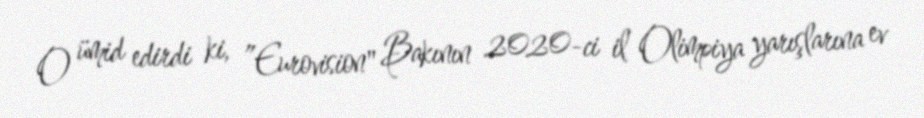
O ümid edirdi ki, ”Eurovision" Bakının 2020-ci il Olimpiya yarışlarına ev